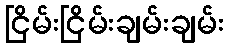
ငြိမ်းငြိမ်းချမ်းချမ်း